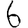
Digit: 6